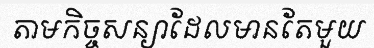
តាមកិច្ចសន្យាដែលមានតែមួយ